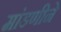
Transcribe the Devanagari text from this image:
मांडणीने